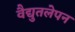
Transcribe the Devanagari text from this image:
वैद्युतलेपन